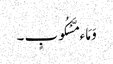
وَ مَاء مَّسْکُوبٍ ۔